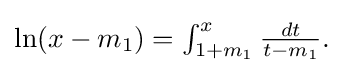
{\textstyle \ln(x-m_{1})=\int _{1+m_{1}}^{x}{\frac {dt}{t-m_{1}}}.}